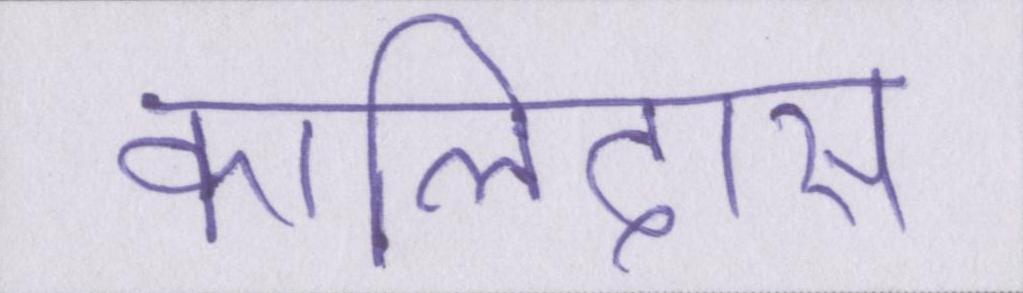
कालिदास